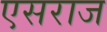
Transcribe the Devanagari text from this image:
एसराज